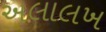
અલાલખ